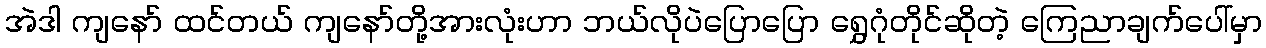
အဲဒါ ကျနော် ထင်တယ် ကျနော်တို့အားလုံးဟာ ဘယ်လိုပဲပြောပြော ရွှေဂုံတိုင်ဆိုတဲ့ ကြေညာချက်ပေါ်မှာ